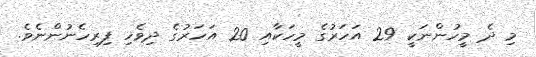
މި ދެ މީހުންނަކީ 29 އަހަރުގެ މީހަކާއި 20 އަހަރުގެ ދިވެހި ފިރިހެނުންނެވެ.